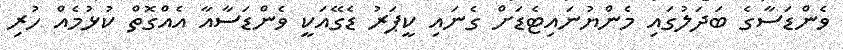
ވެންޑަސާގެ ބަދަލުގައި މެންޔުނައިޓެޑަށް ގެނައި ކީޕަރު ޑެގޭއަކީ ވެންޑަސާއާ އެއްގޮތް ކުޅުމެއް ހުރި